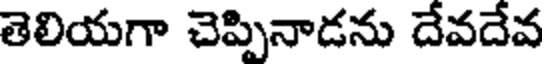
తెలియగా చెప్పినాడను దేవదేవ